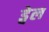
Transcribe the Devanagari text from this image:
ड्वेल